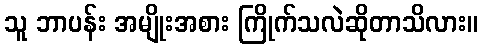
သူ ဘာပန်း အမျိုးအစား ကြိုက်သလဲဆိုတာသိလား။